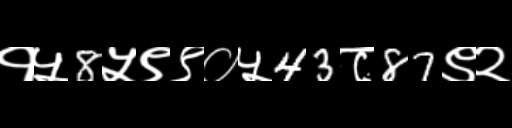
Text: १५8५९९०५43८87९२